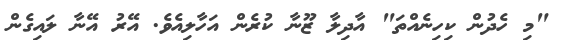
"މި ހެދުން ކިހިނެއްތަ" އާދިލާ ޒޫނާ ކުރެން އަހާލިއެވެ. އޭރު އޭނާ ލައިގެން